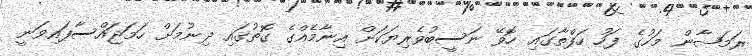
ރަމަޟާން މަހުގެ ފަހު ހަފްތާގައި ހޮވޭ ނަސީބުވެރިޔަކަށް އިނާމެއްގެ ގޮތުގައި ދިނުމަށް ހަމަޖައްސާފައިވަނީ